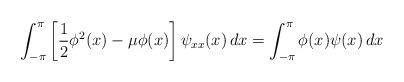
LaTeX: \begin{align*}\int_{-\pi}^\pi \left[ \frac{1}{2}\phi^{2}(x)-\mu\phi(x)\right]\psi_{xx}(x)\,dx = \int_{-\pi}^\pi\phi(x) \psi(x)\,dx\end{align*}